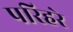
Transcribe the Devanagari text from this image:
परिहरे